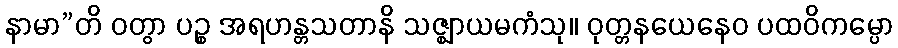
နာမာ”တိ ဝတွာ ပဉ္စ အရဟန္တသတာနိ သဇ္ဈာယမကံသု။ ဝုတ္တနယေနေဝ ပထဝိကမ္ပော